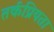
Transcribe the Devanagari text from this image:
तर्कप्रियता